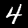
Label: 4